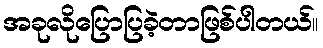
အခုလိုပြောပြခဲ့တာဖြစ်ပါတယ်။